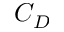
C _ { D }